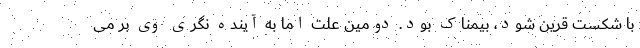
با شکست قرین شود، بیمناک بود. دومین علت اما به آینده نگری وی بر می